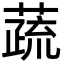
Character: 蔬